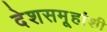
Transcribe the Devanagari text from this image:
देशसमू्हांशी